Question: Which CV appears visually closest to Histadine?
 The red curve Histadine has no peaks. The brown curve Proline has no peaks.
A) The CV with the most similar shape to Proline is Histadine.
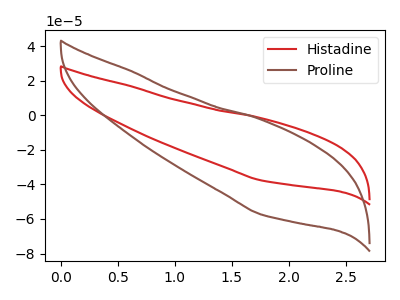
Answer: <think>Neither "Histadine" or "Proline" have any peaks.
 </think>
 <answer>A) The CV with the most similar shape to "Proline" is "Histadine".</answer>
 <eval>A</eval>